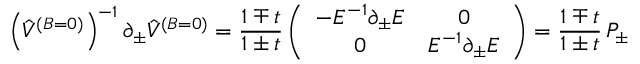
\left( \hat { V } ^ { ( B = 0 ) } \right) ^ { - 1 } \partial _ { \pm } \hat { V } ^ { ( B = 0 ) } = { \frac { 1 \mp t } { 1 \pm t } } \left( \begin{array} { c c } { { - E ^ { - 1 } \partial _ { \pm } E } } & { { 0 } } \\ { { 0 } } & { { E ^ { - 1 } \partial _ { \pm } E } } \end{array} \right) = { \frac { 1 \mp t } { 1 \pm t } } \, P _ { \pm }